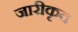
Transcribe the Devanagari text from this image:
जारीकृत